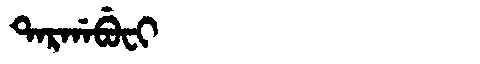
Manchu: ᡨᠠᡵᡤᠠᠪᡠᠸᡳ
Romanization: TARGABUFI